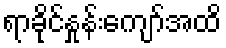
ရာခိုင်နှုန်းကျော်အထိ